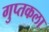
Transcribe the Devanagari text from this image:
गुप्तकला